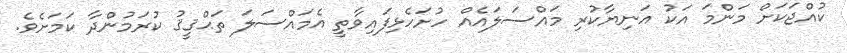
ކުއްޖަކަށް މަންމަ އަކު އަނިޔާކުރި މައްސަލައެއް ހުށަހެޅިފައިވާތީ އެމައްސަލަ ތަޙްޤީޤު ކުރަމުންދާ ކަމަށެވެ.